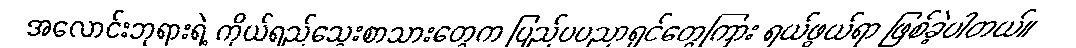
အလောင်းဘုရားရဲ့ ကိုယ်ရည်သွေးစာသားတွေက ပြည်ပပညာရှင်တွေကြား ရယ်ဖွယ်ရာ ဖြစ်ခဲ့ပါတယ်။